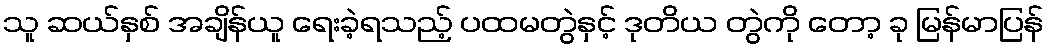
သူ ဆယ်နှစ် အချိန်ယူ ရေးခဲ့ရသည့် ပထမတွဲနှင့် ဒုတိယ တွဲကို တော့ ခု မြန်မာပြန်